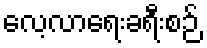
လေ့လာရေးခရီးစဉ်